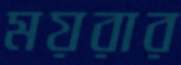
ময়রার